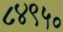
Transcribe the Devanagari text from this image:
८४९५०